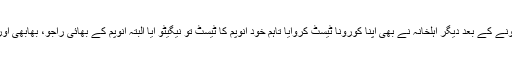
انہوں نے بتایا کہ والدہ کے کورونا میں مبتلا ہونے کے بعد دیگر اہلخانہ نے بھی اپنا کورونا ٹیسٹ کروایا تاہم خود انوپم کا ٹیسٹ تو نیگیٹو آیا البتہ انوپم کے بھائی راجو، بھابھی اور بھتیجی میں اس وائرس کی تصدیق ہوئی ہے۔